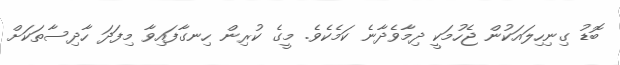
ބޮޑު ގިނިހިލައަކުން ޖެހުމަކީ ދިމާވެދާނެ ކަމެކެވެ. މީގެ ކުރިން ހިނގާފައިވާ މިފަދަ ހާދިސާތަކަށް